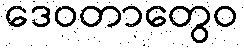
ဒေဝတာတွေဝ